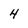
Character: 4